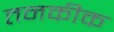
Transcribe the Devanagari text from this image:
तनकीक